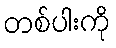
တစ်ပါးကို